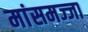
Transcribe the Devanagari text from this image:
मांसमज्जा